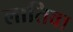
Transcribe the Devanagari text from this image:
लातिवा